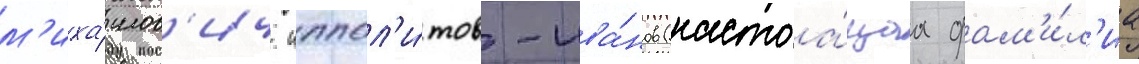
м'иха́илов'ич иппол'и́тов-ива́нов (настоа́щаа фам'и́л'иа